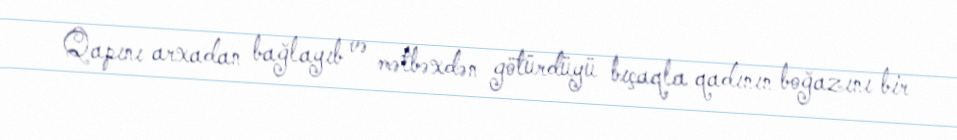
Qapını arxadan bağlayıb və mətbəxdən götürdüyü bıçaqla qadının boğazını bir